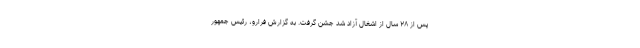
پس از ۲۸ سال از اشغال آزاد شد جشن گرفت. به گزارش فرارو، رئیس جمهور